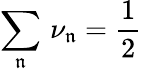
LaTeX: \sum_{\mathfrak{n}}\, \nu_{\mathfrak{n}}=\frac{1}{2}